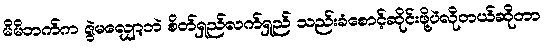
မိမိဘက်က ဇွဲမလျှော့ဘဲ စိတ်ရှည်လက်ရှည် သည်းခံစောင့်ဆိုင်းဖို့ပဲလိုတယ်ဆိုတာ